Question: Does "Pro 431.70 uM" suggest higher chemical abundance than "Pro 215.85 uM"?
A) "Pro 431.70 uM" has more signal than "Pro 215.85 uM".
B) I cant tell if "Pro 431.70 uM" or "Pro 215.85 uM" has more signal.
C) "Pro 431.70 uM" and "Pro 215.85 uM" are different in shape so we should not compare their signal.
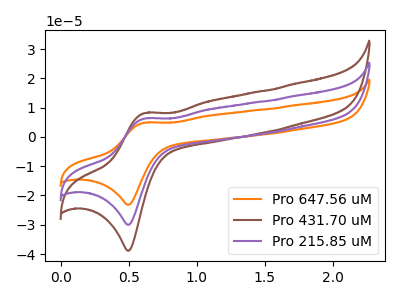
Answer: <think>The orange curve "Pro 647.56 uM" has an anodic peak at (0.60V, 12.55uA) and a cathodic peak at (0.50V, -60.00uA). The brown curve "Pro 431.70 uM" has an anodic peak at (0.60V, 8.15uA) and a cathodic peak at (0.50V, -38.85uA). The purple curve "Pro 215.85 uM" has an anodic peak at (0.60V, 6.30uA) and a cathodic peak at (0.50V, -30.00uA).
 All the peaks in "Pro 431.70 uM" have a peak in "Pro 215.85 uM" at the same potential. Every peak in "Pro 431.70 uM" is higher than every peak in "Pro 215.85 uM".</think>
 <answer>A) "Pro 431.70 uM" has more signal than "Pro 215.85 uM".</answer>
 <eval>A</eval>